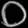
Digit: ၀